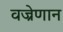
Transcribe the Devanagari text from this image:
वज्रेणान